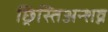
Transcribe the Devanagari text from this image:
छ्रिस्तिअन्शव्न